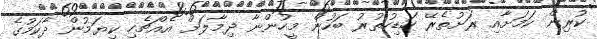
ކުރިން ކަމަށާއި ރަށުތެރޭ ހަޑިހުތުރު ބަހުން މީހުންނާ ދިމާލަށް އެއްޗެހި ކިޔަމުން ދާކަމުގެ